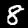
Digit: 8